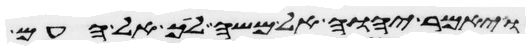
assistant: ויאמר יהוה אל משה לך אל העם